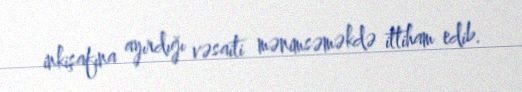
inkişafına ayırdığı vəsaiti mənimsəməkdə ittiham edib.